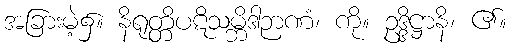
အခြားမဲ့၌။ နိရုတ္တိပဋိသမ္ဘိဒါဉာဏံ၊ ကို။ ဥဒ္ဒိဋ္ဌာနိ၊ ၏။